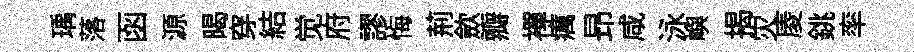
瑀落函源暍穿結觉府謬悔荊歛瓣襌癘昻咸泳嶼揭灾庱銚率